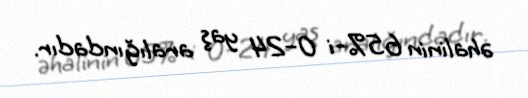
əhalinin 65%-i 0–24 yaş aralığındadır.